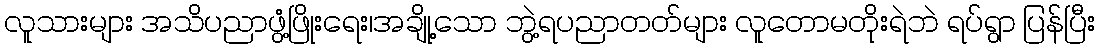
လူသားများ အသိပညာဖွံ့ဖြိုးရေး၊အချို့သော ဘွဲ့ရပညာတတ်များ လူတောမတိုးရဲဘဲ ရပ်ရွာ ပြန်ပြီး